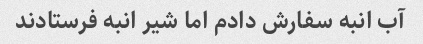
آب انبه سفارش دادم اما شیر انبه فرستادند